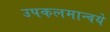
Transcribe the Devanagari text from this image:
उपकलमान्वये